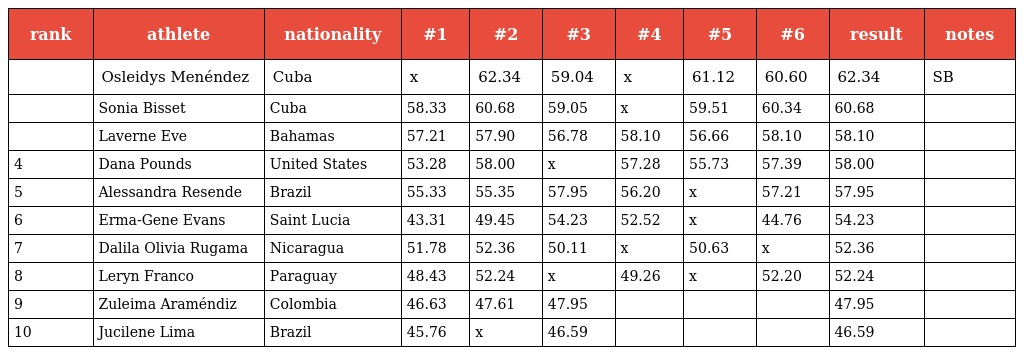
| rank | athlete | nationality | #1 | #2 | #3 | #4 | #5 | #6 | result | notes |
 | --- | --- | --- | --- | --- | --- | --- | --- | --- | --- | --- |
 |  | Osleidys Menéndez | Cuba | x | 62.34 | 59.04 | x | 61.12 | 60.60 | 62.34 | SB |
 |  | Sonia Bisset | Cuba | 58.33 | 60.68 | 59.05 | x | 59.51 | 60.34 | 60.68 |  |
 |  | Laverne Eve | Bahamas | 57.21 | 57.90 | 56.78 | 58.10 | 56.66 | 58.10 | 58.10 |  |
 | 4 | Dana Pounds | United States | 53.28 | 58.00 | x | 57.28 | 55.73 | 57.39 | 58.00 |  |
 | 5 | Alessandra Resende | Brazil | 55.33 | 55.35 | 57.95 | 56.20 | x | 57.21 | 57.95 |  |
 | 6 | Erma-Gene Evans | Saint Lucia | 43.31 | 49.45 | 54.23 | 52.52 | x | 44.76 | 54.23 |  |
 | 7 | Dalila Olivia Rugama | Nicaragua | 51.78 | 52.36 | 50.11 | x | 50.63 | x | 52.36 |  |
 | 8 | Leryn Franco | Paraguay | 48.43 | 52.24 | x | 49.26 | x | 52.20 | 52.24 |  |
 | 9 | Zuleima Araméndiz | Colombia | 46.63 | 47.61 | 47.95 |  |  |  | 47.95 |  |
 | 10 | Jucilene Lima | Brazil | 45.76 | x | 46.59 |  |  |  | 46.59 |  |